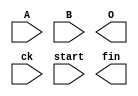
module mul(A,B,O,ck,start,fin);
input [7:0] A, B;
input ck,start;
output [16:0] O;
output fin;

reg [3:0] st;
reg [7:0] AIN, BIN;
reg [16:0] O;
reg fin;

always @(posedge ck) begin

end

endmodule